Report on sanitation, dispensaries, and jails in Rajputana for 1921, and on vaccination for the year 1921-1922 - 1921-1922
Year: 1921
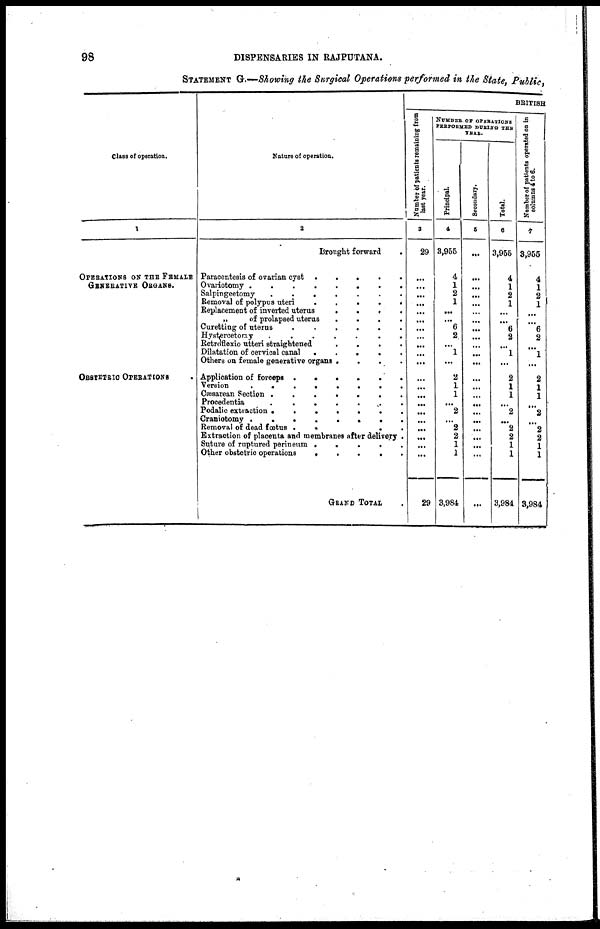
98
DISPENSARIES IN RAJPUTANA.
STATEMENT G.—Showing the Surgical Operations performed in the State, Public,
Class of operation.
1
OPERATIONS ON THE FEMALE
GENERATIVE ORGANS.
OBSTETRIC OPERATIONS .
Nature of operation.
2
Brought forward
.
Paracentesis of ovarian cyst
.....
Ovariotomy
........
Salpingeetomy
.......
Removal of polypus uteri
.....
Replacement of inverted uterus
.....
„
of prolapsed uterus
.
.
.
.
Curetting of uterus
......
Hysterectomy
.......
Retroflexio utteri straightened
.
.
.
.
Dilatation of cervical canal
.....
Others on female generative organs
....
Application of forceps
.....
Version
........
Cæsarean Section
.......
Procedentia
.......
Podalic extraction
.......
Craniotomy
........
Removal of dead fœtus
.....
Extraction of placenta and membranes after delivery .
Suture of ruptured perineum
.
.
.
.
.
Other obstetric operations
.....
GRAND TOTAL.
BRITISH
Number of patients remaining from
last year.
3
29
...
...
...
...
...
...
...
...
...
...
...
...
...
...
...
...
...
...
...
...
...
29
NUMBER OF OPERATIONS
PERFORMED DURING THE
YEAR.
Principal.
4
3,955
4
1
2
1
...
...
6
2
...
1
...
2
1
1
...
2
...
2
2
1
1
3,984
Secondary.
5
...
...
...
...
...
...
...
...
...
...
...
...
...
...
...
...
...
...
...
...
...
...
...
Total.
6
3,955
4
1
2
1
...
...
6
2
...
1
...
2
1
1
...
2
...
2
2
1
1
3,984
Number of patients operated on in
columns 4 to 6.
7
3,955
4
1
2
1
...
...
6
2
...
1
...
2
1
1
...
2
...
2
2
1
1
3,984